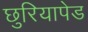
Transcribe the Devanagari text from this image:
छुरियापेड